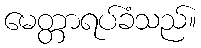
မေတ္တာရပ်ခံသည်။